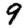
Digit: 9